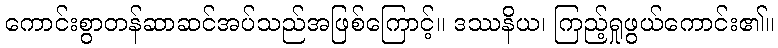
ကောင်းစွာတန်ဆာဆင်အပ်သည်အဖြစ်ကြောင့်။ ဒဿနိယ၊ ကြည့်ရှုဖွယ်ကောင်း၏။